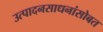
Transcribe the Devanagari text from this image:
उत्पादनसाधनांसोबत